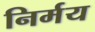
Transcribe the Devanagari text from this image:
निर्मय